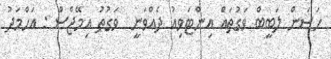
ހަސަން ލަބީބް ވަގުތައް އިންޓަވިއު ދެއްވަނީ  ވަގުތު އިމޭޖްސް : އަހްމަދު